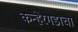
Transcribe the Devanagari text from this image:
कन्हेरगडाचा